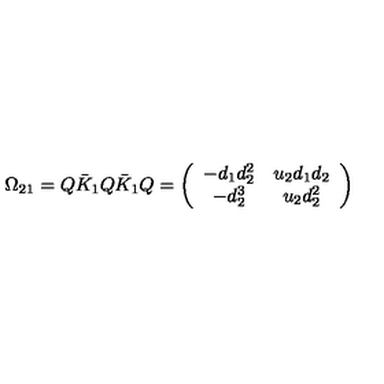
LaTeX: \Omega _ { 2 1 } = Q \bar { K } _ { 1 } Q \bar { K } _ { 1 } Q = \left( \begin{array} { c c } { - d _ { 1 } d _ { 2 } ^ { 2 } } & { u _ { 2 } d _ { 1 } d _ { 2 } } \\ { - d _ { 2 } ^ { 3 } } & { u _ { 2 } d _ { 2 } ^ { 2 } } \\ \end{array} \right)